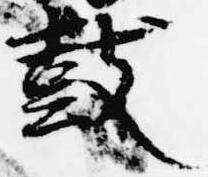
鼓